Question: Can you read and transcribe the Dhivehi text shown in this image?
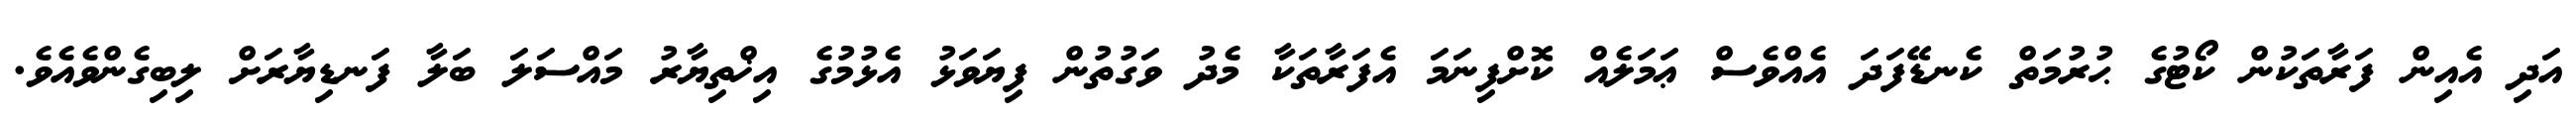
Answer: އަދި އެއިން ފަރާތަކުން ކޯޓުގެ ޙުރުމަތް ކެނޑޭފަދަ އެއްވެސް ޢަމަލެއް ކޮށްފިނަމަ އެފަރާތަކާ މެދު ވަގުތުން ފިޔަވަޅު އެޅުމުގެ އިޚްތިޔާރު މައްސަލަ ބަލާ ފަނޑިޔާރަށް ލިބިގެންވެއެވެ.